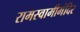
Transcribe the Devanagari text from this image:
रामस्वामीमंदिर